Eesti_Peakonsulaat_New_Yorgis, lk 26
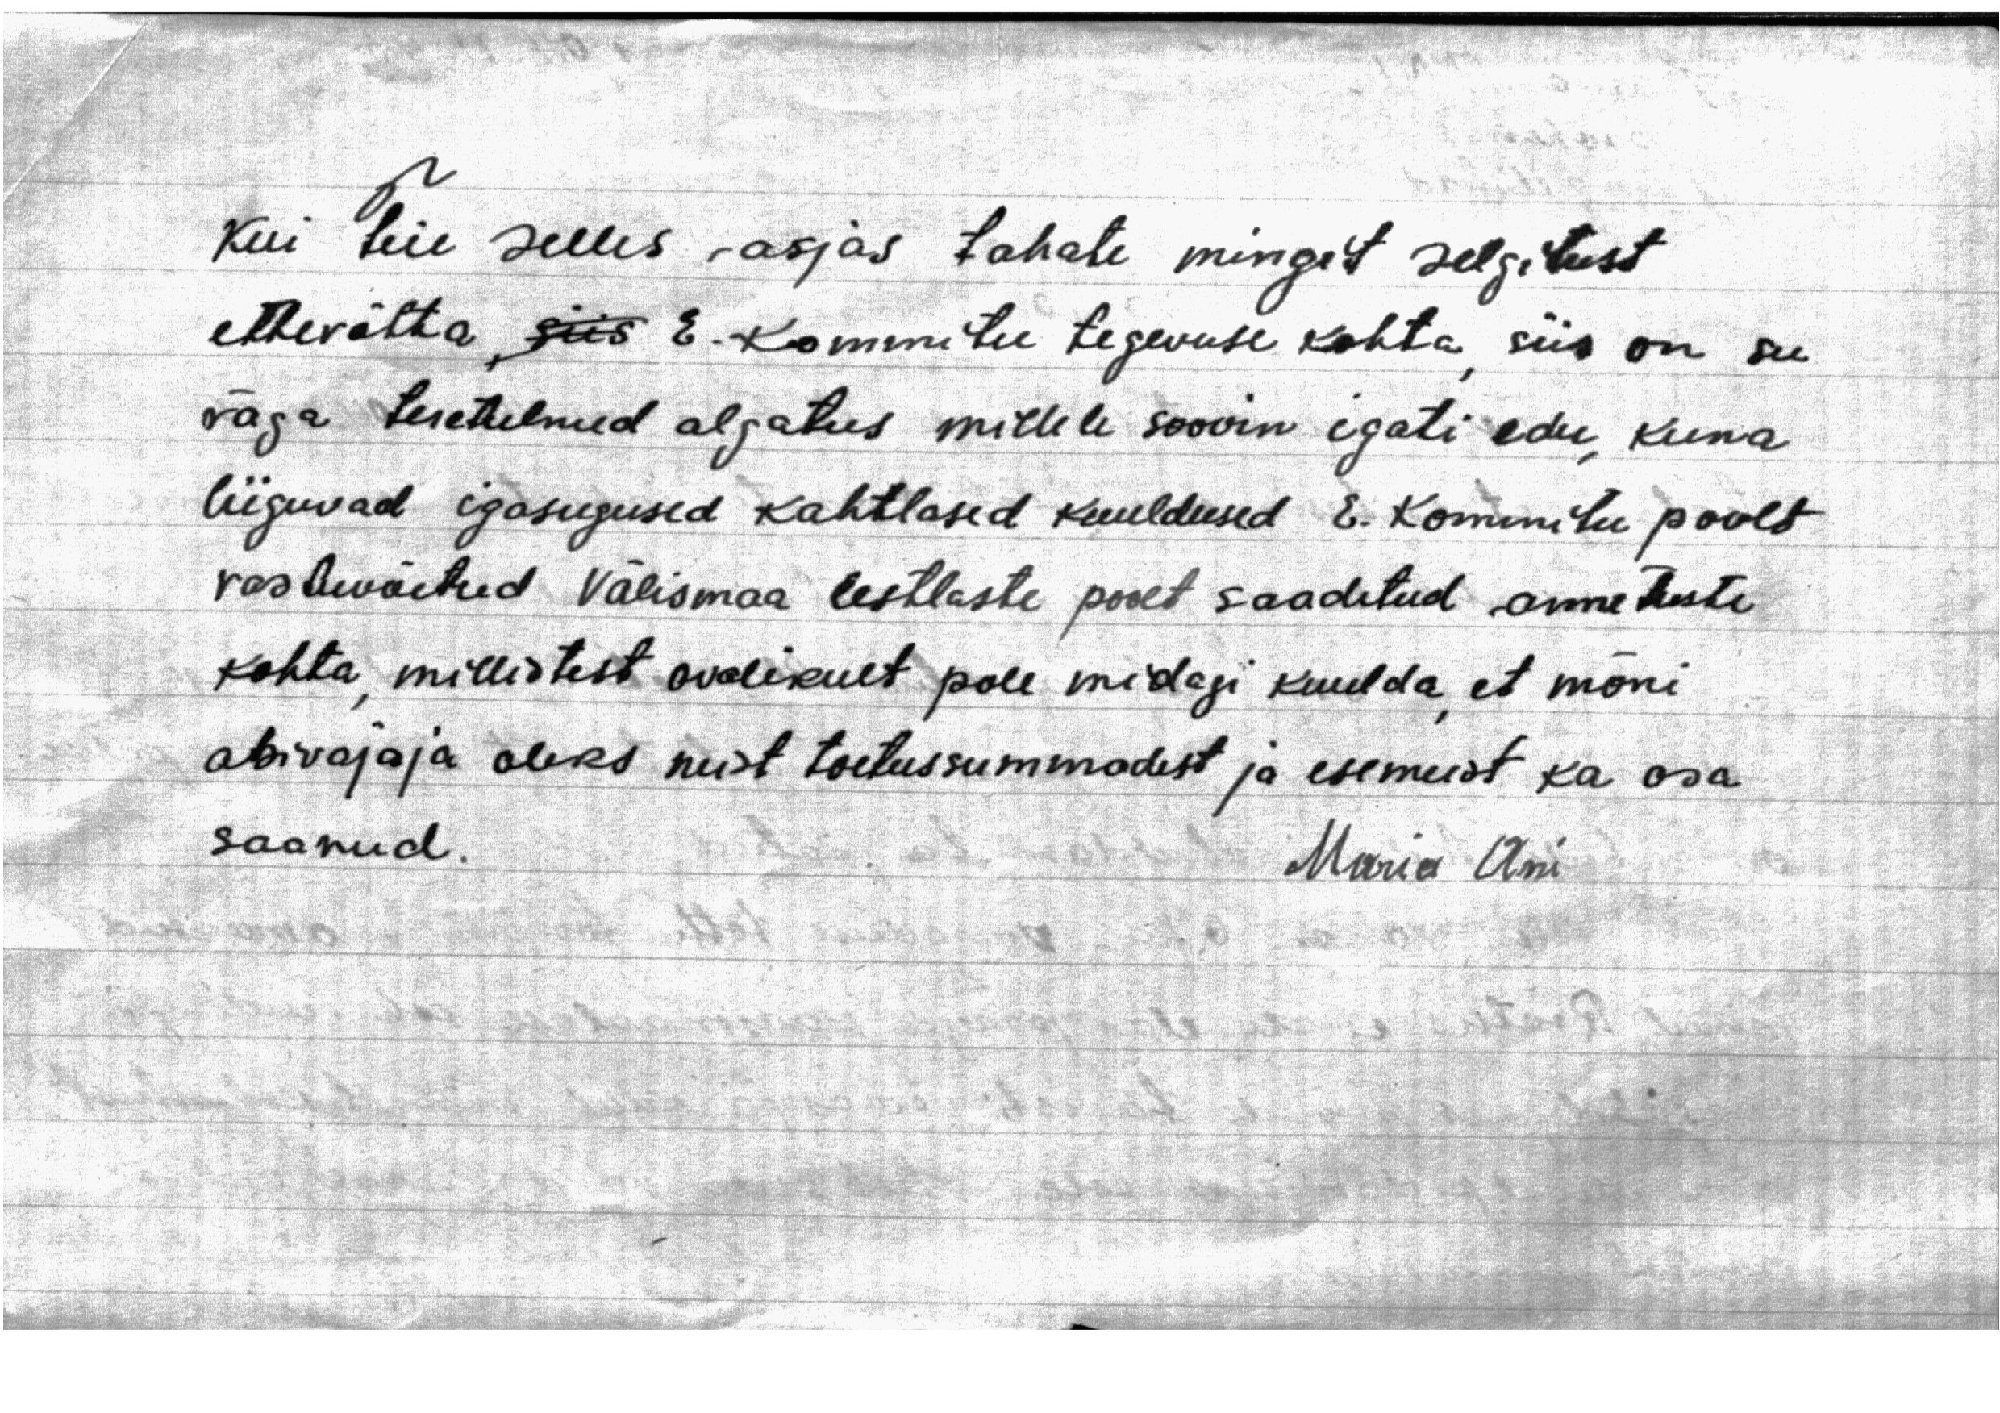
6.
Kui teie selles asjas tahate mingit selgitust
ettevõtta, siis E. Kommitee tegevuse kohta, siis on see
väga teretulnud algatus millele soovin igati edu, kuna
liiguvad igasugused kahtlased kuuldused E. Kommitee poolt
vastuvõetud Välismaa eestlaste poolt saadetud annetuste
kohta, millistest avalikult pole midagi kuulda, et mõni
abivajaja oleks neist toetussummadest ja esemeist ka osa
saanud.
Maria Ani